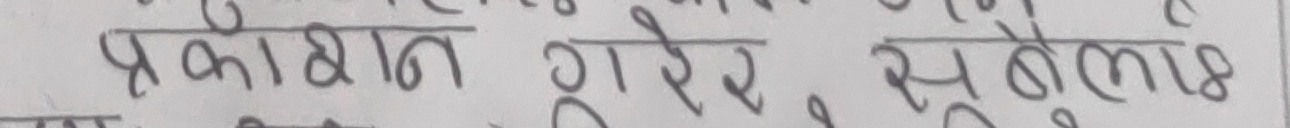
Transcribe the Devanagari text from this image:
प्रकाशन गएर सुबेला